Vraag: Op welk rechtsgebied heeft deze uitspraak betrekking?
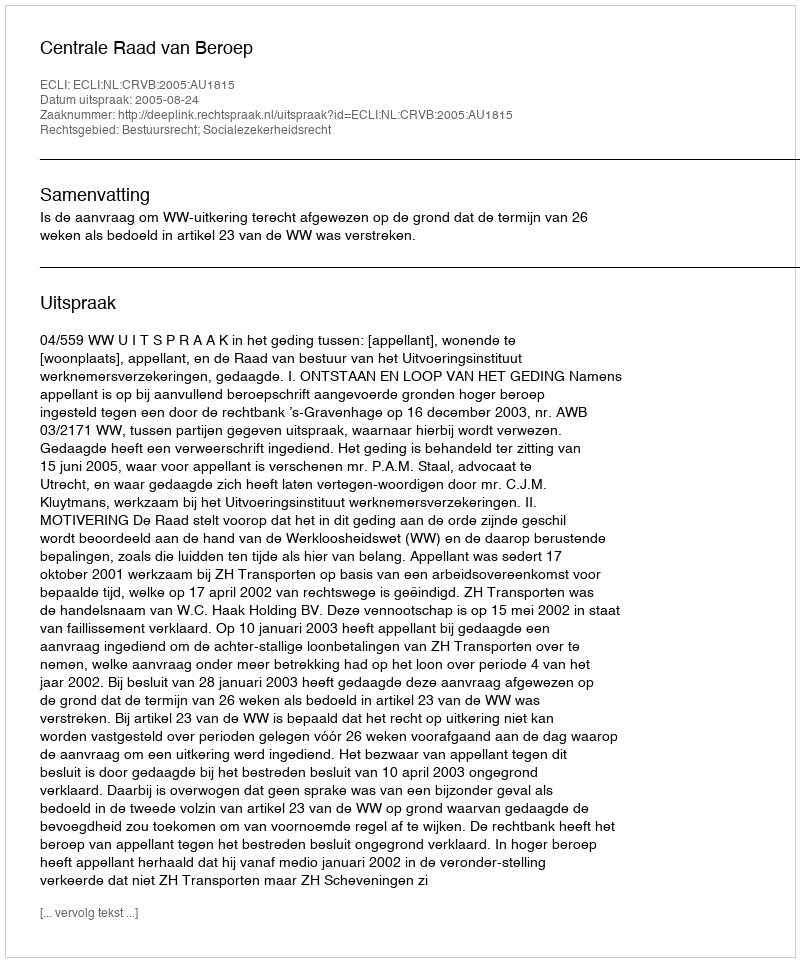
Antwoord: Bestuursrecht; Socialezekerheidsrecht